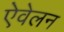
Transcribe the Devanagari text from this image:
ऐवेलन